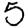
Digit: 0